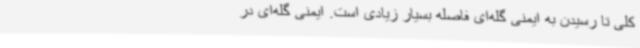
کلی تا رسیدن به ایمنی گله‌ای فاصله بسیار زیادی است. ایمنی گله‌ای در